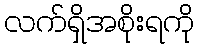
လက်ရှိအစိုးရကို